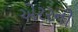
એરરની